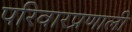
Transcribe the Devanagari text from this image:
परिवारप्रणाली